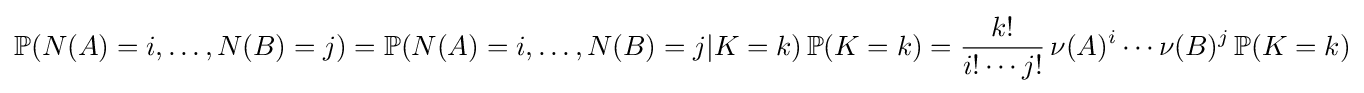
\mathbb {P} (N(A)=i,\ldots ,N(B)=j)=\mathbb {P} (N(A)=i,\ldots ,N(B)=j|K=k)\,\mathbb {P} (K=k)={\frac {k!}{i!\cdots j!}}\,\nu (A)^{i}\cdots \nu (B)^{j}\,\mathbb {P} (K=k)